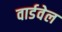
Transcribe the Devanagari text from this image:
वार्डवेल